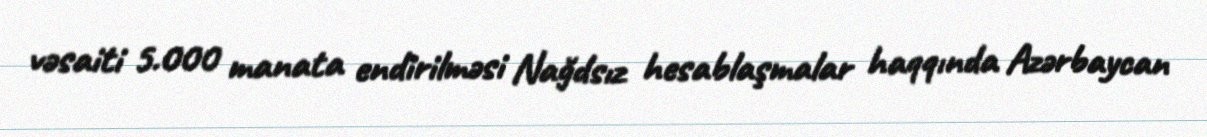
vəsaiti 5.000 manata endirilməsi Nağdsız hesablaşmalar haqqında Azərbaycan